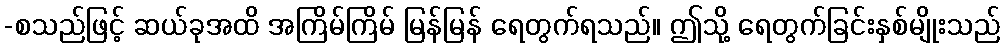
-စသည်ဖြင့် ဆယ်ခုအထိ အကြိမ်ကြိမ် မြန်မြန် ရေတွက်ရသည်။ ဤသို့ ရေတွက်ခြင်းနှစ်မျိုးသည်